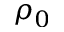
\rho _ { 0 }